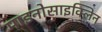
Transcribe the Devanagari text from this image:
माइनोसाइक्लिन